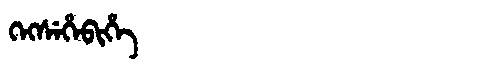
Manchu: ᡴᡝᡴᠰᡝᡥᡝᠪᡳᡥᡝ
Romanization: KEKSEHEBIHE